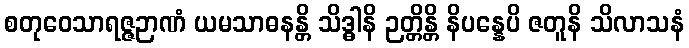
စတုဝေသာရဇ္ဇဉာဏံ ယမသာဓနန္တိ သိဒ္ဓါနိ ဉတ္တိန္တိ နိပန္နေပိ ဇတူနိ သိလာသနံ